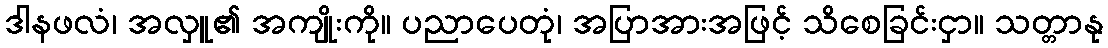
ဒါနဖလံ၊ အလှူ၏ အကျိုးကို။ ပညာပေတုံ၊ အပြာအားအဖြင့် သိစေခြင်းငှာ။ သတ္တာနု